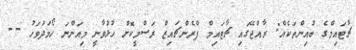
ޗާޓައިމްގެ ބުއިންތަކެއް: ރާއްޖޭގައި ޗާޓައިމް ފްރެންޗައިޒް ރަސްމީކޮށް ހުޅުވާނީ މިއަންނަ ހޯމަދުވަހު --